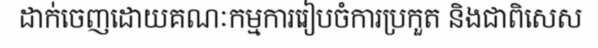
ដាក់ចេញដោយគណៈកម្មការរៀបចំការប្រកួត និងជាពិសេស